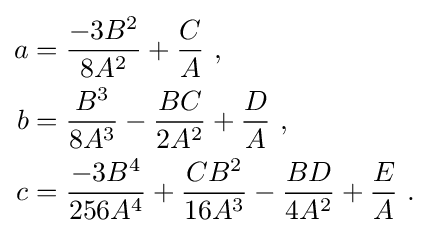
{\begin{aligned}a&={-3B^{2} \over 8A^{2}}+{C \over A}\ ,\\b&={B^{3} \over 8A^{3}}-{BC \over 2A^{2}}+{D \over A}\ ,\\c&={-3B^{4} \over 256A^{4}}+{CB^{2} \over 16A^{3}}-{BD \over 4A^{2}}+{E \over A}\ .\end{aligned}}